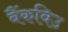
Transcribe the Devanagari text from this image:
बैंकविउ